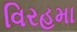
વિરહમા